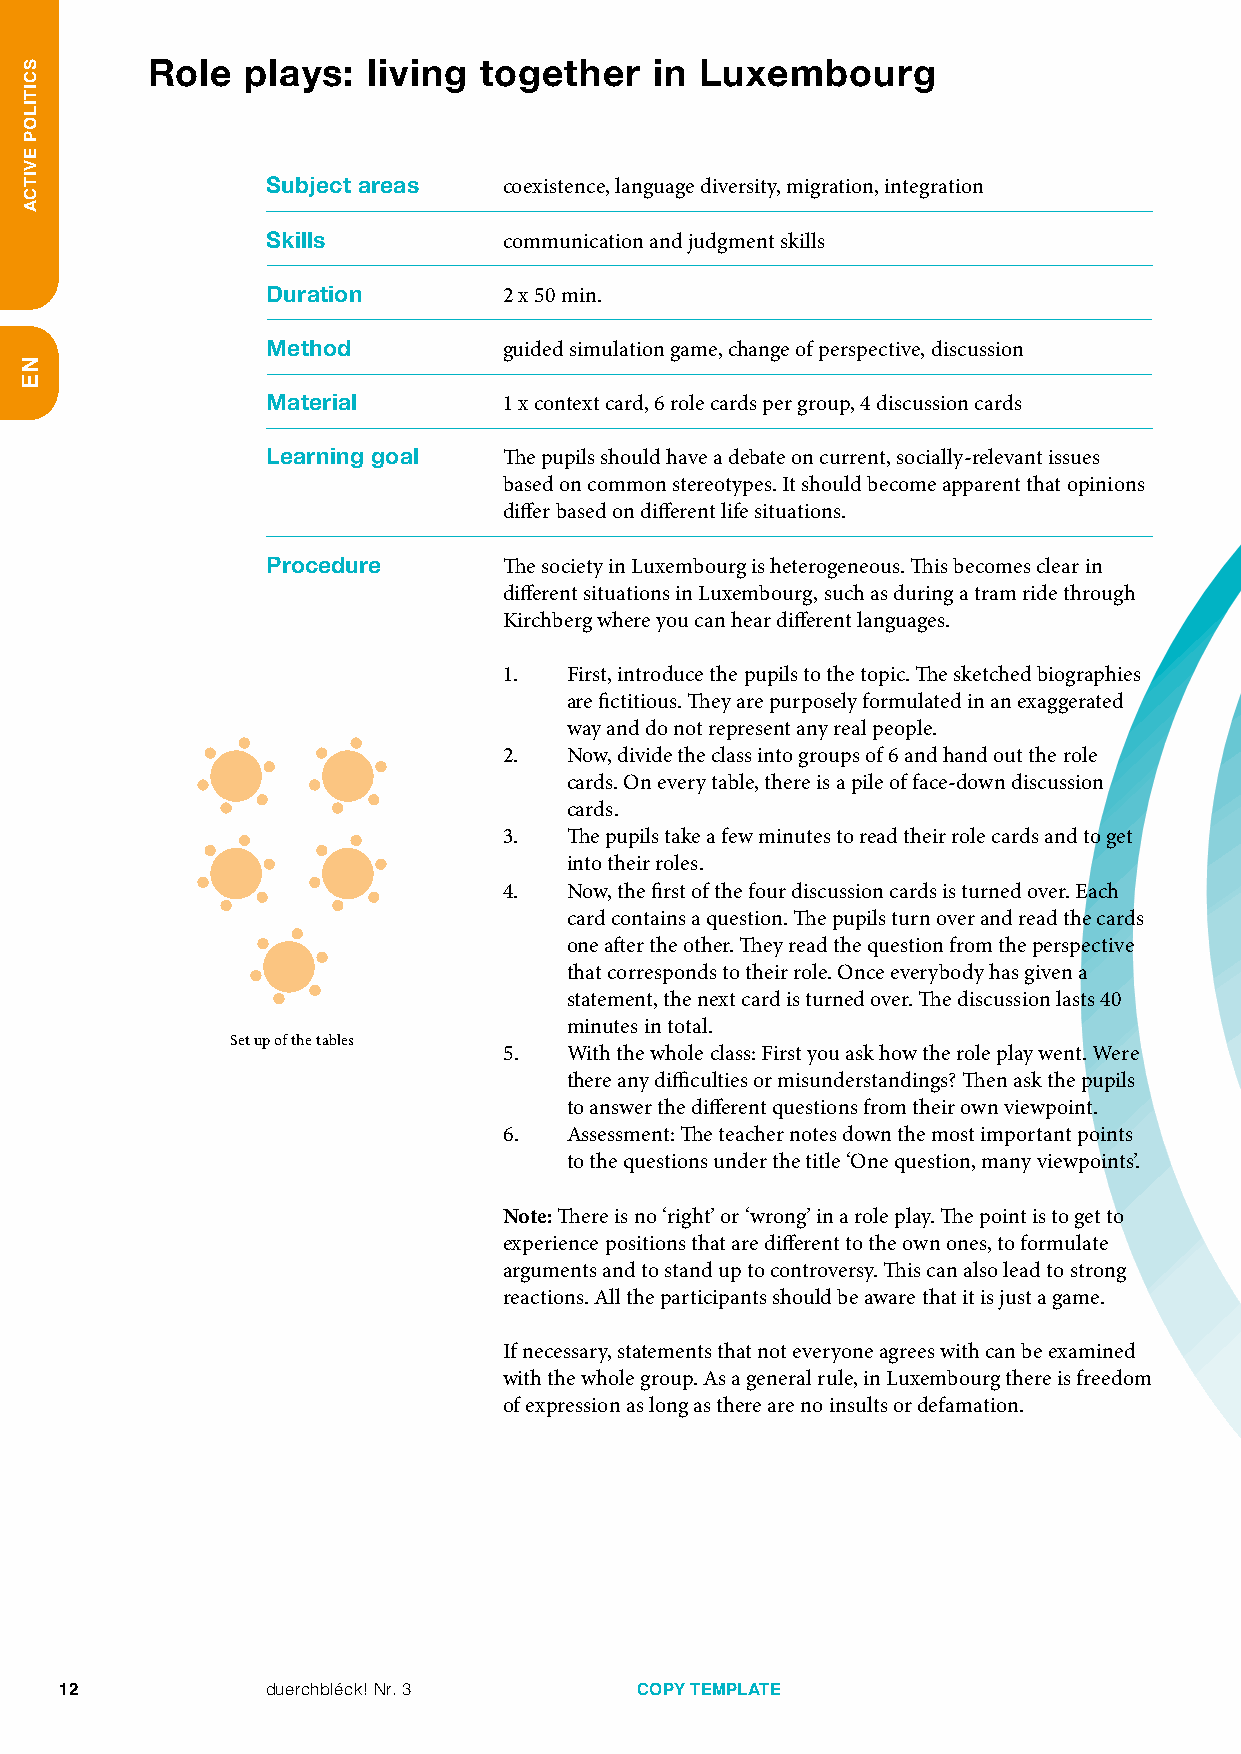
Role  plays:  living  together   in Luxembourg
 Subject areas  c oexistence, language diversity, migration, integration
 Skills         communication and judgment skills
 Duration       2 x 50 min.
 Method         guided simulation game, change of perspective, discussion
 Material       1 x context card, 6 role cards per group, 4 discussion cards
 Learning goal  Th e pupils should have a debate on current, socially­relevant issues
 based on common stereotypes. It should become apparent that opinions
 differ based on different life situations.
 Procedure      The society in Luxembourg is heterogeneous. This becomes clear in
 different situations in Luxembourg, such as during a tram ride through
 Kirchberg where you can hear different languages.
 1.  First, introduce the pupils to the topic. The sketched biographies
 are fictitious. They are purposely formulated in an exaggerated
 way and do not represent any real people.
 2.  Now, divide the class into groups of 6 and hand out the role
 cards. On every table, there is a pile of face­down discussion
 cards.
 3.  The pupils take a few minutes to read their role cards and to get
 into their roles.
 4.  Now, the first of the four discussion cards is turned over. Each
 card contains a question. The pupils turn over and read the cards
 one after the other. They read the question from the perspective
 that corresponds to their role. Once everybody has given a
 statement, the next card is turned over. The discussion lasts 40
 minutes in total.
 Set up of the tables
 5.  With the whole class: First you ask how the role play went. Were
 there any difficulties or misunderstandings? Then ask the pupils
 to answer the different questions from their own viewpoint.
 6.  Assessment: The teacher notes down the most important points
 to the questions under the title ‘One question, many viewpoints’.
 Note: There is no ‘right’ or ‘wrong’ in a role play. The point is to get to
 experience positions that are different to the own ones, to formulate
 arguments and to stand up to controversy. This can also lead to strong
 reactions. All the participants should be aware that it is just a game.
 If necessary, statements that not everyone agrees with can be examined
 with the whole group. As a general rule, in Luxembourg there is freedom
 of expression as long as there are no insults or defamation.
 12            duerchbléck! Nr. 3      COPY TEMPLATE
 SCITILOP
 EVITCA
 NE